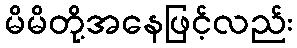
မိမိတို့အနေဖြင့်လည်း